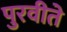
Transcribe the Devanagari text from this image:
पुरवीते